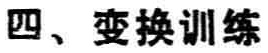
四、变换训练